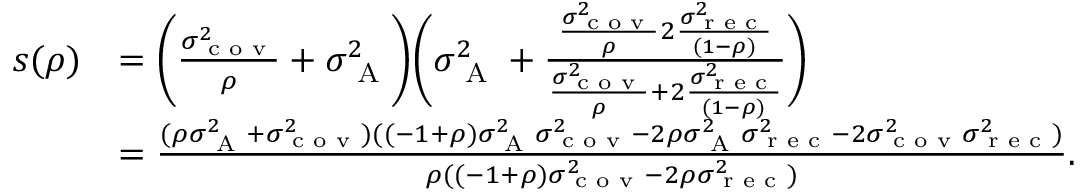
\begin{array} { r l } { s ( \rho ) } & { = \bigg ( { { \frac { \sigma _ { \textrm { c o v } } ^ { 2 } } { \rho } } } + \sigma _ { \textrm { A } } ^ { 2 } \bigg ) \bigg ( { \sigma _ { \textrm { A } } ^ { 2 } } + \frac { { { \frac { \sigma _ { \textrm { c o v } } ^ { 2 } } { \rho } } } 2 \frac { \sigma _ { \textrm { r e c } } ^ { 2 } } { ( 1 - \rho ) } } { { { \frac { \sigma _ { \textrm { c o v } } ^ { 2 } } { \rho } } } + 2 \frac { \sigma _ { \textrm { r e c } } ^ { 2 } } { ( 1 - \rho ) } } \bigg ) } \\ & { = \frac { ( \rho \sigma _ { \textrm { A } } ^ { 2 } + \sigma _ { \textrm { c o v } } ^ { 2 } ) ( ( - 1 + \rho ) \sigma _ { \textrm { A } } ^ { 2 } \sigma _ { \textrm { c o v } } ^ { 2 } - 2 \rho \sigma _ { \textrm { A } } ^ { 2 } \sigma _ { \textrm { r e c } } ^ { 2 } - 2 \sigma _ { \textrm { c o v } } ^ { 2 } \sigma _ { \textrm { r e c } } ^ { 2 } ) } { \rho ( ( - 1 + \rho ) \sigma _ { \textrm { c o v } } ^ { 2 } - 2 \rho \sigma _ { \textrm { r e c } } ^ { 2 } ) } . } \end{array}